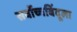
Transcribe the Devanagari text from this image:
सर्वोच्चबिंदूला